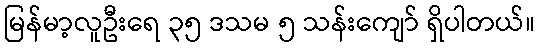
မြန်မာ့လူဦးရေ ၃၅ ဒသမ ၅ သန်းကျော် ရှိပါတယ်။